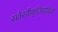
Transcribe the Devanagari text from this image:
सर्वस्वीकृतिवादियों